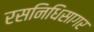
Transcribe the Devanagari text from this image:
रसनिधिसागर